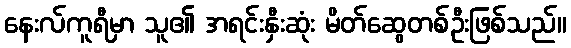
နေးလ်ကူရီမှာ သူ၏ အရင်းနှီးဆုံး မိတ်ဆွေတစ်ဦးဖြစ်သည်။